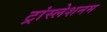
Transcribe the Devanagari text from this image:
ट्रांस्लेशनम